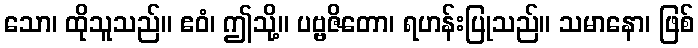
သော၊ ထိုသူသည်။ ဧဝံ၊ ဤသို့။ ပဗ္ဗဇိတော၊ ရဟန်းပြုသည်။ သမာနော၊ ဖြစ်